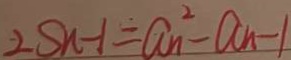
2 S _ { n - 1 } = a _ { n } ^ { 2 } - a _ { n } - 1